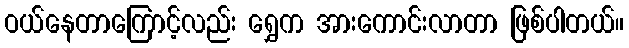
ဝယ်နေတာကြောင့်လည်း ရွှေက အားကောင်းလာတာ ဖြစ်ပါတယ်။